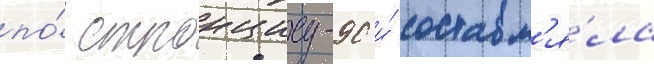
по́ стронциу-90 и́ составл'я́ла